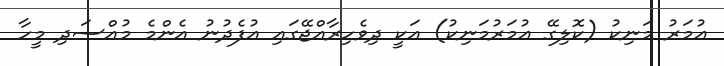
ޢުމަރު މަނިކު (ކޮލިގޭ ޢުމަރުމަނިކު) އަކީ ދިވެހިރާއްޖޭގައި އުފެދުނު އެންމެ މުއްސަދި މީހާ